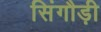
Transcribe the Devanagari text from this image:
सिंगौड़ी